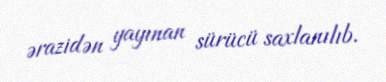
ərazidən yayınan sürücü saxlanılıb.